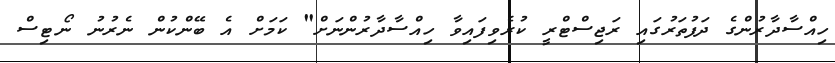
ހިއްސާދާރުންގެ ދަފުތަރުގައި ރަޖިސްޓްރީ ކުރެވިފައިވާ ހިއްސާދާރުންނަށް" ކަަމަށް އެ ބޭންކުން ނެރުނު ނޯޓިސް